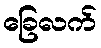
ခြေလက်